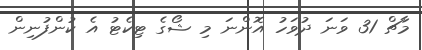
މާޗް 31 ވަނަ ދުވަހު އޮންނަ މި ޝޯގެ ޓިކެޓު އެ ކުންފުނިން